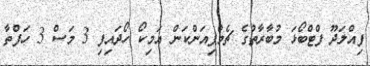
ފިއްލަދޫ ފްޓްބޯޅަ މުބާރާތުގެ ޗެމްޕިއަންކަން އަމިކޯ ހޯދައިފި 3 މަސް 3 ހަފްތާ